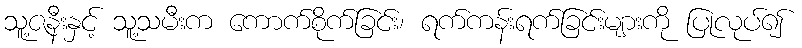
သူ့ဇနီးနှင့် သူ့သမီးက ကောက်စိုက်ခြင်း၊ ရက်ကန်းရက်ခြင်းများကို ပြုလုပ်၍